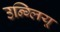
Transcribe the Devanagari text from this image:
उन्ग्लियू